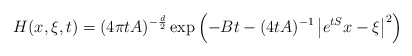
\begin{align*} H(x,\xi,t)=(4\pi t A)^{-\frac{d}{2}}\exp\left(-Bt-(4tA)^{-1}\left|e^{tS}x-\xi\right|^2\right)\end{align*}